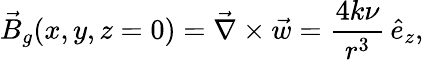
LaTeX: \vec{B}_{g}(x,y,z=0)=\vec{\nabla}\times\vec{w}=\frac{4k\nu}{r^{3}}\, \hat{e}_{z},